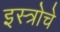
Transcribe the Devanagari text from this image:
इस्त्रोचे